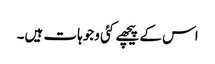
اس کے پیچھے کئی وجوہات ہیں۔